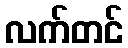
လက်တင်